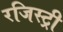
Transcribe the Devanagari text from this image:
रजिस्‍ट्री